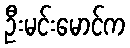
ဦးမင်းမောင်က